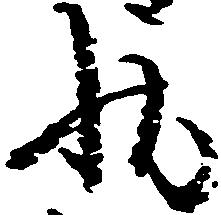
状